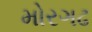
મોરગઢ